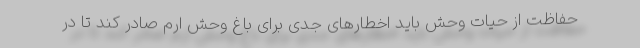
حفاظت از حیات وحش باید اخطارهای جدی برای باغ وحش ارم صادر کند تا در